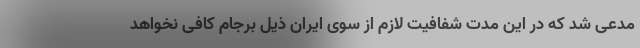
مدعی شد که در این مدت شفافیت لازم از سوی ایران ذیل برجام کافی نخواهد